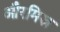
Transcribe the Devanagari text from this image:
औरमिस्र